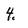
Character: 4